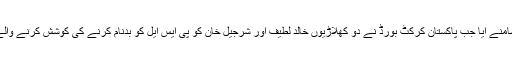
پاکستان سپرلیگ میں اسپاٹ فکسنگ کا معاملہ اس وقت سامنے آیا جب پاکستان کرکٹ بورڈ نے دو کھلاڑیوں خالد لطیف اور شرجیل خان کو پی ایس ایل کو بدنام کرنے کی کوشش کرنے والے ایک کردار سے روابط پر دبئی سے واپس بھیج دیا گیا۔